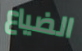
الضياع